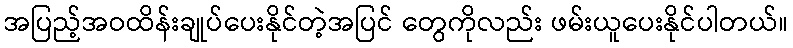
အပြည့်အဝထိန်းချုပ်ပေးနိုင်တဲ့အပြင် တွေကိုလည်း ဖမ်းယူပေးနိုင်ပါတယ်။